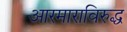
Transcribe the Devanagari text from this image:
आरमाराविरुद्ध